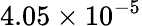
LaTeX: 4.05\times 10^{-5}